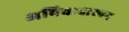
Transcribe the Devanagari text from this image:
अविवादास्पद